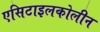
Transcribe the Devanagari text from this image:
एसिटाइलकोलीन